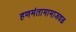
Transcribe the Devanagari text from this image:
हणमंतामामाजवळ